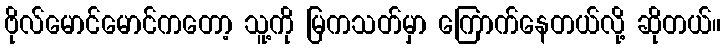
ဗိုလ်မောင်မောင်ကတော့ သူ့ကို မြကသတ်မှာ ကြောက်နေတယ်လို့ ဆိုတယ်။